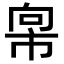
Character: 𫷇